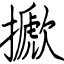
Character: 擨